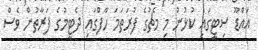
އައްޑޫ ސިޓީގައި ކުޅުނު މި މެޗުގެ ފުރަތަމަ ހާފްގައި ދެޓީމުގެ ފަރާތުން ވެސް